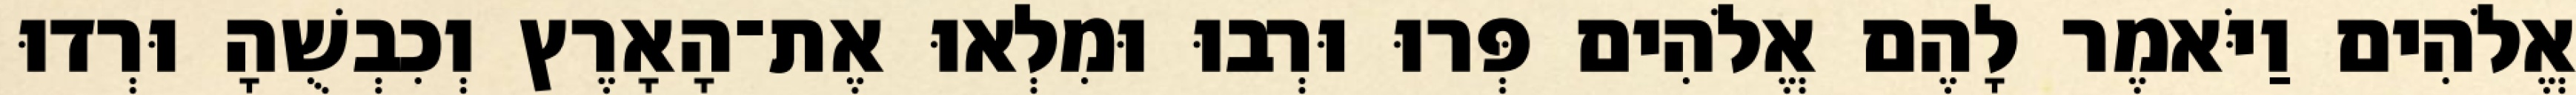
אֱלֹהִים וַיֹּאמֶר לָהֶם אֱלֹהִים פְּרוּ וּרְבוּ וּמִלְאוּ אֶת־הָאָרֶץ וְכִבְשֻׁהָ וּרְדוּ